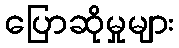
ပြောဆိုမှုများ